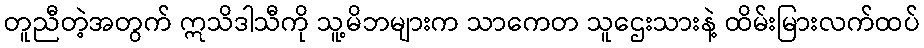
တူညီတဲ့အတွက် ဣသိဒါသီကို သူ့မိဘများက သာကေတ သူဌေးသားနဲ့ ထိမ်းမြားလက်ထပ်